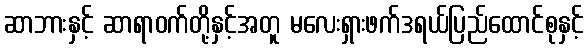
ဆာဘားနှင့် ဆာရာဝက်တို့နှင့်အတူ မလေးရှားဖက်ဒရယ်ပြည်ထောင်စုနှင့်